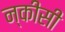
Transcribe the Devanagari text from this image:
न्कीसी